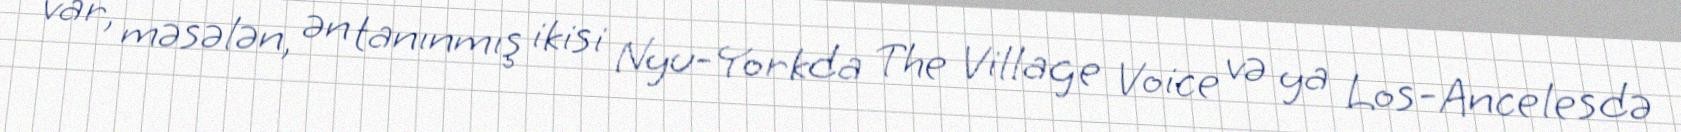
var, məsələn, ən tanınmış ikisi Nyu-Yorkda The Village Voice və ya Los-Ancelesdə